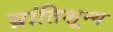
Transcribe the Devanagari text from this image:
भ्रांतिशून्य